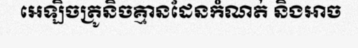
អេឡិចត្រូនិចគ្មានដែនកំណត់ និងអាច